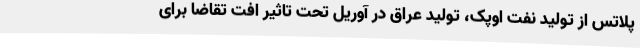
پلاتس از تولید نفت اوپک، تولید عراق در آوریل تحت تاثیر افت تقاضا برای